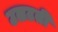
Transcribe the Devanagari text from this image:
उलटती